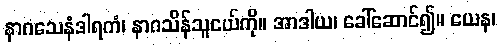
နာဂသေနံဒါရကံ၊ နာဂသိန်သူငယ်ကို။ အာဒါယ၊ ခေါ်ဆောင်၍။ ယေန၊